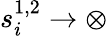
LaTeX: s_{i}^{1,2}\to\otimes